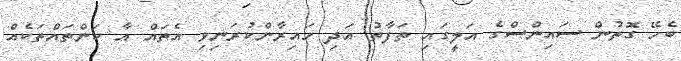
ބެހޭ ގޮތުން ސައިންސްގެ އަލީގައި ތަފާތު އަދި ހައިރާންކުރަނިވި އެތައް އާ ކަންތައްތަކެއް